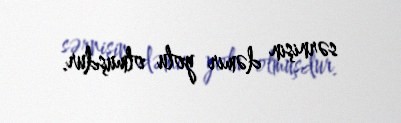
sərnişin dəmir yolu olmuşdur.